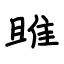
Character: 雎